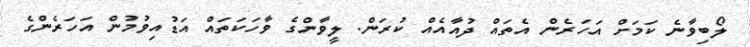
ލޯބިވާނެ ކަމަށް އަހަރެން އެތައް ދުއާއެއް ކުރަން. ލީވާންގެ ވާހަކަތައް އަޑުއިވުމުން އަހަރެންގެ